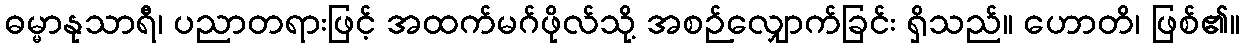
ဓမ္မာနုသာရီ၊ ပညာတရားဖြင့် အထက်မဂ်ဖိုလ်သို့ အစဉ်လျှောက်ခြင်း ရှိသည်။ ဟောတိ၊ ဖြစ်၏။